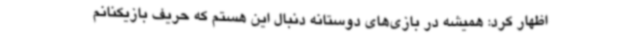
اظهار کرد: همیشه در بازی‌های دوستانه دنبال این هستم که حریف بازیکنانم